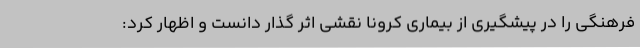
فرهنگی را در پیشگیری از بیماری کرونا نقشی اثر گذار دانست و اظهار کرد: